Code of medical and sanitary regulations for the guidance of medical officers serving in the Madras Presidency - Volume I
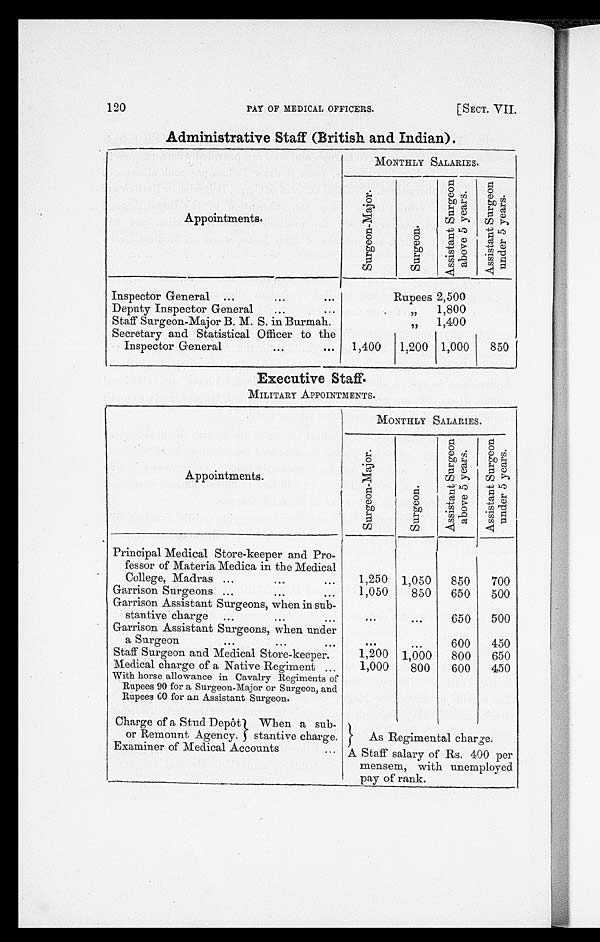
120
PAY OF MEDICAL OFFICERS.
[SECT. VII.
Administrative Staff (British and Indian).
Appointments.
MONTHLY SALARIES.
S u r g e o n - M a j o r .
S u r g e o n .
A s s i s t a n t S u r g e o n
a b o v e 5 y e a r s . A s s i s t a n t S u r g e o n
u n d e r 5 y e a r s .
Inspector General ...
. . .
. . .
Rupees 2,500
Deputy Inspector General
...
. . .
„
1,800
Staff Surgeon-Major B. M. S. in Burmah.
„
1,400
Secretary and Statistical Officer to the
Inspector General
...
. . . 1,400
1,200 1,000
850
Executive Staff.
MILITARY APPOINTMENTS.
Appointments.
MONTHLY SALARIES.
S u r g e o n - Ma j o r .
Sur ge on.
A s s i s t a n t S u r g e o n
a b o v e 5 y e a r s .
A s s i s t a n t S u r g e o n
u n d e r 5 y e a r s .
Principal Medical Store-keeper and Pro-
fessor of Materia Medica in the Medical
College, Madras ...
. . .
. . .
1,250 1,050
850
700
Garrison Surgeons ...
. . .
...
1,050
850
650
500
Garrison Assistant Surgeons, when in sub-
stantive charge
...
...
...
. . .
...
650
500
Garrison Assistant Surgeons, when under
a Surgeon
. . .
...
. . .
. . .
. . .
600
450
Staff Surgeon and Medical Store-keeper.
1,200 1,000
800
650
Medical charge of a Native Regiment ...
1,000
800
600
450
With horse allowance in Cavalry Regiments of
Rupees 90 for a Surgeon-Major or Surgeon, and
Rupees 60 for an Assistant Surgeon.
Charge of a Stud Depôt
or Remount Agency.
When a sub-
stantive charge.
As Regimental charge.
Examiner of Medical Accounts
. . . A Staff salary of Rs. 400 per
mensem, with unemployed
pay of rank.